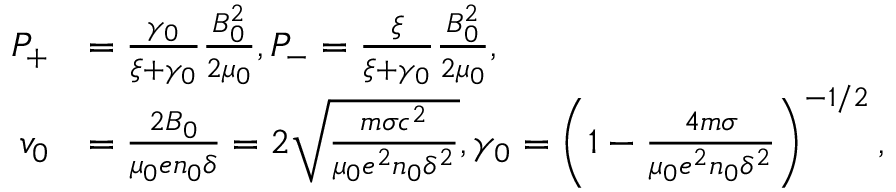
\begin{array} { r l } { P _ { + } } & { = \frac { \gamma _ { 0 } } { \xi + \gamma _ { 0 } } \frac { B _ { 0 } ^ { 2 } } { 2 \mu _ { 0 } } , P _ { - } = \frac { \xi } { \xi + \gamma _ { 0 } } \frac { B _ { 0 } ^ { 2 } } { 2 \mu _ { 0 } } , } \\ { v _ { 0 } } & { = \frac { 2 B _ { 0 } } { \mu _ { 0 } e n _ { 0 } \delta } = 2 \sqrt { \frac { m \sigma c ^ { 2 } } { \mu _ { 0 } e ^ { 2 } n _ { 0 } \delta ^ { 2 } } } , \gamma _ { 0 } = \left( 1 - \frac { 4 m \sigma } { \mu _ { 0 } e ^ { 2 } n _ { 0 } \delta ^ { 2 } } \right) ^ { - 1 / 2 } , } \end{array}